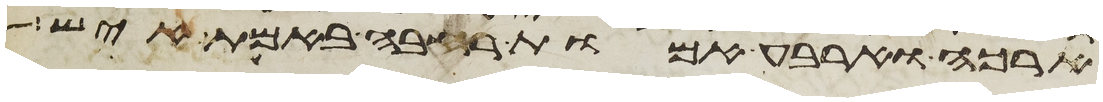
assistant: ארכה וארבע אמות רחבה באמת איש